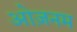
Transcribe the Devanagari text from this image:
ओज़नम